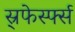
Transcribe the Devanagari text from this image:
स्र्फेर्स्फ्स